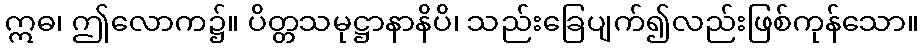
ဣဓ၊ ဤလောက၌။ ပိတ္တသမုဋ္ဌာနာနိပိ၊ သည်းခြေပျက်၍လည်းဖြစ်ကုန်သော။